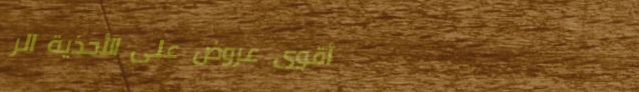
أقوى عروض على الأحذية الر